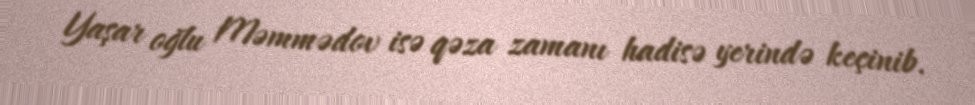
Yaşar oğlu Məmmədov isə qəza zamanı hadisə yerində keçinib.